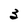
Character: 3